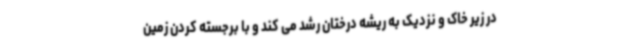
در زیر خاک و نزدیک به ریشه درختان رشد می کند و با برجسته کردن زمین